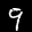
Label: 9